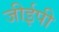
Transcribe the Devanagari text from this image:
जीईपी